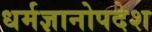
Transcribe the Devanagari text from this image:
धर्मज्ञानोपदेश